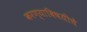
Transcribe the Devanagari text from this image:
करण्याविषयीचे